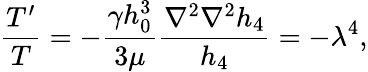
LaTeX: \frac{T^{\prime}}{T}=-\frac{\gamma h_{0}^{3}}{3\mu}\frac{\nabla^{2}\nabla^{2}h_{4}}{h_{4}}=-\lambda^{4},